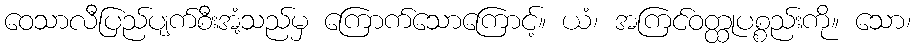
ဝေသာလီပြည်ပျက်စီးအံ့သည်မှ ကြောက်သောကြောင့်။ ယံ၊ အကြင်ဝတ္ထုပစ္စည်းကို။ သော၊